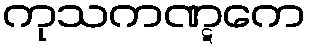
ကုသကဏ္ဋကေ